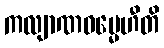
ကလျာဏဓမ္မေဟီတိ